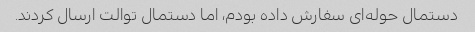
دستمال حوله‌ای سفارش داده بودم، اما دستمال توالت ارسال کردند.